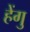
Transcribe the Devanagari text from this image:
हेंगु